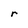
Character: r